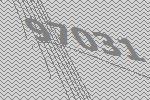
97031